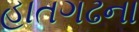
હાતગઢના